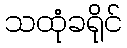
သထုံခရိုင်